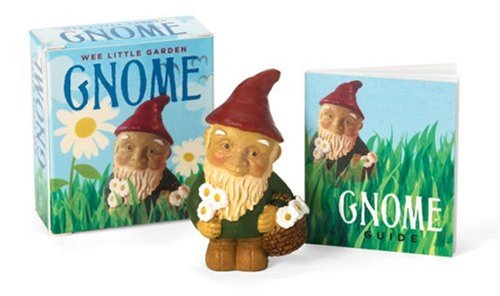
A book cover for Wee Little Garden Gnome (Running Press Miniature Editions); Alison Trulock; Crafts, Hobbies & Home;